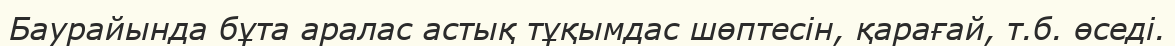
Баурайында бұта аралас астық тұқымдас шөптесін, қарағай, т.б. өседі.